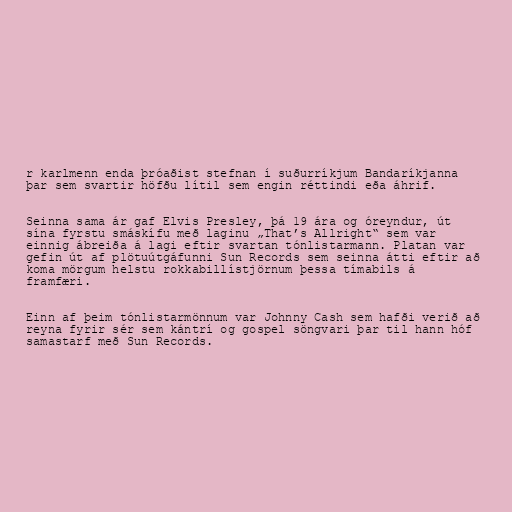
r karlmenn enda þróaðist stefnan í suðurríkjum Bandaríkjanna
þar sem svartir höfðu lítil sem engin réttindi eða áhrif.

Seinna sama ár gaf Elvis Presley, þá 19 ára og óreyndur, út
sína fyrstu smáskífu með laginu „That’s Allright“ sem var
einnig ábreiða á lagi eftir svartan tónlistarmann. Platan var
gefin út af plötuútgáfunni Sun Records sem seinna átti eftir að
koma mörgum helstu rokkabillístjörnum þessa tímabils á
framfæri.

Einn af þeim tónlistarmönnum var Johnny Cash sem hafði verið að
reyna fyrir sér sem kántrí og gospel söngvari þar til hann hóf
samastarf með Sun Records.